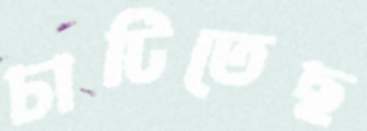
চাটিতেছ